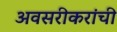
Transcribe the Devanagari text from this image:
अवसरीकरांची